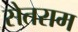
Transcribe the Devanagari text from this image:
सेतराम